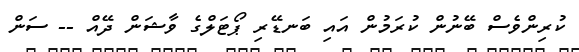
ކުރިންވެސް ބޭނުން ކުރަމުން އައި ބަނޑޭރި ޕޯޓަލްގެ ވާޝަން ދޭއް -- ސަން